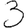
Digit: 3